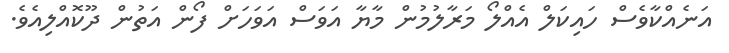
އަނެއްކާވެސް ހައިކަލް އެއްލޯ މަރާލުމުން މާޔާ އަވަސް އަވަހަށް ފޯން އަތުން ދޫކޮއްލިއެވެ.